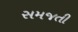
સમજતી